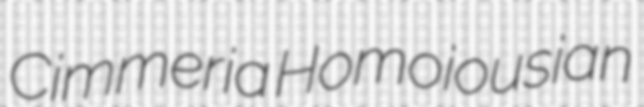
Cimmeria Homoiousian